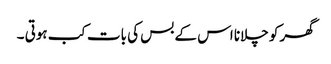
گھر کو چلانا اس کے بس کی بات کب ہوتی ۔